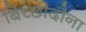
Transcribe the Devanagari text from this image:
बिच्छीदौना